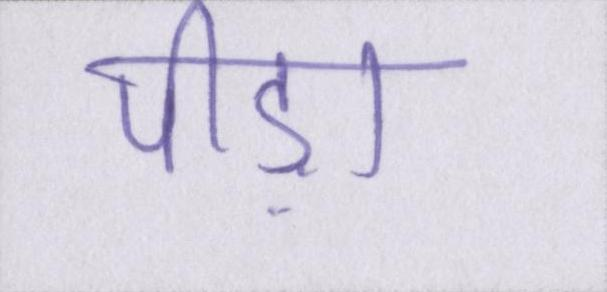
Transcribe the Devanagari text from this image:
पीड़ा